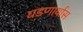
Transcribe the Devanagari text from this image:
घडणार्यास